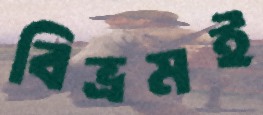
বিভ্রমই